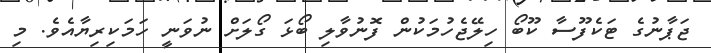
ޖަޕާނުގެ ޓަކެފޫސާ ކޫބޯ ހިލޭޖެހުމަކުން ފޮނުވާލި ބޯޅަ ގޯލަށް ނުވަނީ ހަމަކިރިޔާއެވެ. މި